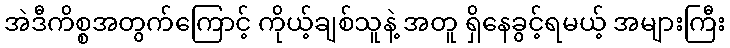
အဲဒီကိစ္စအတွက်ကြောင့် ကိုယ့်ချစ်သူနဲ့ အတူ ရှိနေခွင့်ရမယ့် အများကြီး